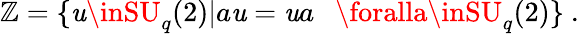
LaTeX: {\cal\mathbb{Z}}=\{ \mathit{u}\inSU_{q}(2)|a\mathit{u}=\mathit{u}a~~~\foralla\inSU_{q}(2)\} ~.